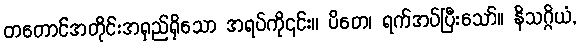
တတောင်အတိုင်းအရှည်ရှိသော အရပ်ကို၎င်း။ ပိတေ၊ ရက်အပ်ပြီးသော်။ နိသဂ္ဂိယံ,